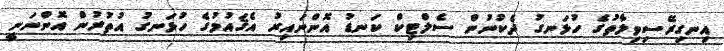
އިނގިރޭސިވިލާތުގެ ހުޅަނގު ދެކުނުން ސެލްޓިކް ކަނޑު އޮންނައިރު އެޤައުމުގެ ހުޅަނގު އުތުރުން އޮންނަނީ